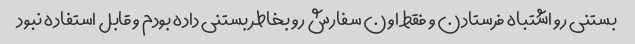
بستنی رو اشتباه فرستادن و فقط اون سفارش رو بخاطر بستنی داده بودم و قابل استفاده نبود